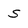
Character: S